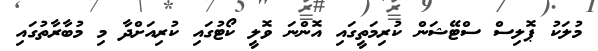
މުލަކު ޕޮލިސް ސްޓޭޝަން ކުރިމަތީގައި އޮންނަ ވޮލީ ކޯޓުގައި ކުރިއަށްދާ މި މުބާރާތުގައި